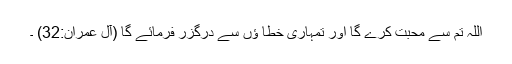
اللہ تم سے محبت کرے گا اور تمہاری خطا ؤں سے درگزر فرمائے گا (آلِ عمران:32) ۔